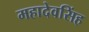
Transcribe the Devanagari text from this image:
महादेवसिंह